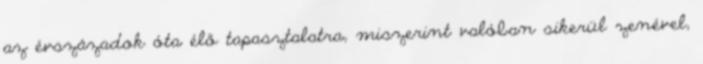
az évszázadok óta élő tapasztalatra, miszerint valóban sikerül zenével,